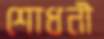
শোধনী